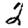
Digit: 2